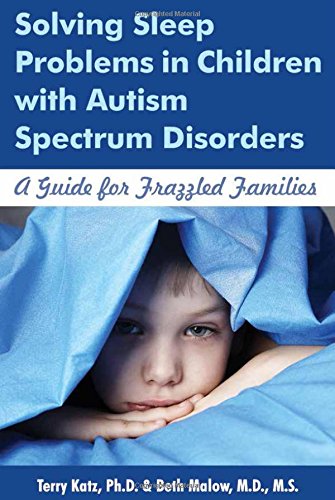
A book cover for Solving Sleep Problems in Children with Autism Spectrum Disorders: A Guide for Frazzled Families; Terry Katz; Health, Fitness & Dieting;